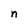
Character: n